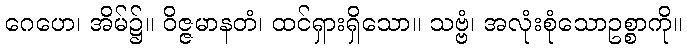
ဂေဟေ၊ အိမ်၌။ ဝိဇ္ဇမာနတံ၊ ထင်ရှားရှိသော။ သဗ္ဗံ၊ အလုံးစုံသောဥစ္စာကို။